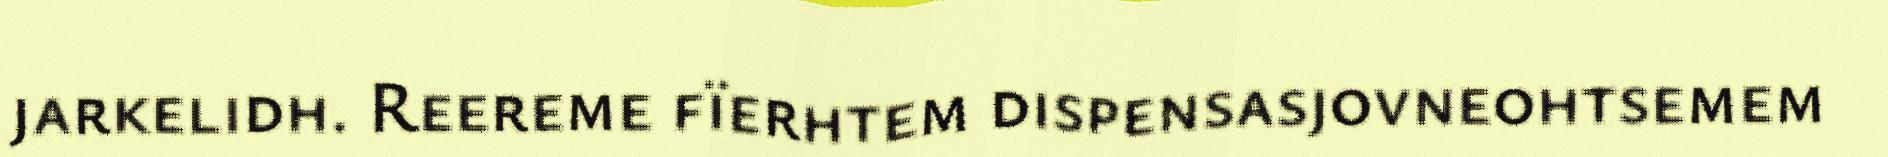
jarkelidh. Reereme fïerhtem dispensasjovneohtsemem